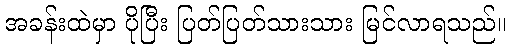
အခန်းထဲမှာ ပိုပြီး ပြတ်ပြတ်သားသား မြင်လာရသည်။